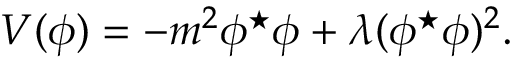
{ V ( { \phi } ) = - m ^ { 2 } { \phi } ^ { \star } { \phi } + { \lambda } ( { \phi } ^ { \star } { \phi } ) ^ { 2 } . }